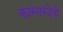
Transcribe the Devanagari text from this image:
कासारदेवी